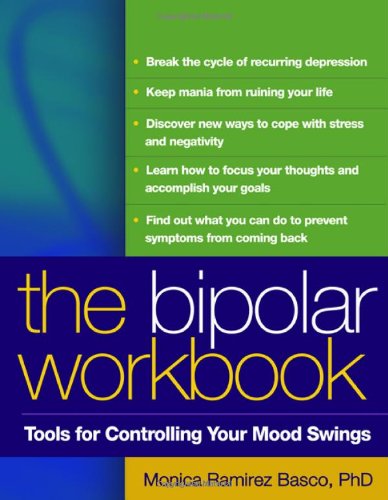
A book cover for The Bipolar Workbook, First Edition: Tools for Controlling Your Mood Swings; Monica Ramirez Basco; Health, Fitness & Dieting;